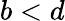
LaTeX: b<d